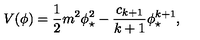
V ( \phi ) = \frac { 1 } { 2 } m ^ { 2 } \phi _ { \star } ^ { 2 } - \frac { c _ { k + 1 } } { k + 1 } \phi _ { \star } ^ { k + 1 } ,